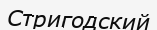
Стригодский